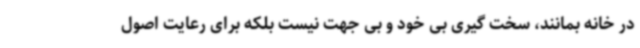
در خانه بمانند، سخت گیری بی خود و بی جهت نیست بلکه برای رعایت اصول